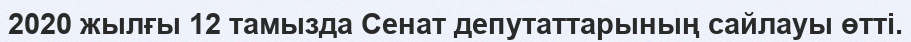
2020 жылғы 12 тамызда Сенат депутаттарының сайлауы өтті.